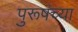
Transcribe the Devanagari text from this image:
पुरूषंच्या